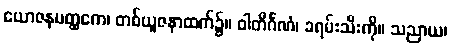
ယောဇနမတ္ထကေ၊ တစ်ယူဇနာထက်၌။ ဝါတိင်္ဂဏံ၊ ခရမ်းသီးကို။ သညာယ၊